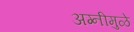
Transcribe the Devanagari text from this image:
अग्नीमुळे